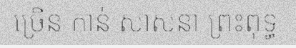
ច្រើន កាន់ សាសនា ព្រះពុទ្ធ